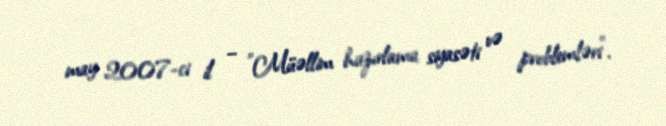
may 2007-ci il – "Müəllim hazırlama siyasəti və problemləri".